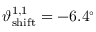
\vartheta _ { \mathrm { s h i f t } } ^ { 1 , 1 } = - 6 . 4 ^ { \circ }